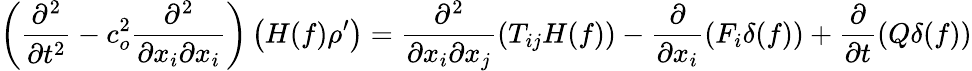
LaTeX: \left(\frac{\partial^{2}}{\partial t^{2}}-c_{o}^{2}\frac{\partial^{2}}{\partial x_{i}\partial x_{i}}\right)\left(H(f)\rho^{\prime}\right)=\frac{\partial^{2}}{\partial x_{i}\partial x_{j}}\left(T_{ij}H(f)\right)-\frac{\partial}{\partial x_{i}}\left(F_{i}\delta(f)\right)+\frac{\partial}{\partial t}\left(Q\delta(f)\right)